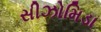
સીઝોમિડા